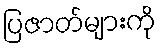
ပြဇာတ်များကို